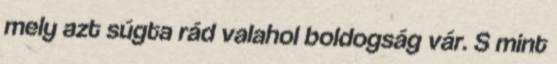
mely azt súgta rád valahol boldogság vár. S mint